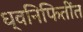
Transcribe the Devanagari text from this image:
ध्वनिफितींत